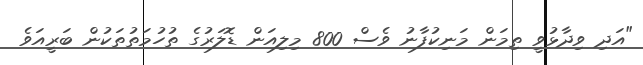
"އަދި ވިދާޅުވީ ތިމަން މަނިކުފާނު ވެސް 800 މިލިއަން ޑޮލަރުގެ ތުހުމަތުތަކުން ބަރީއަވެ